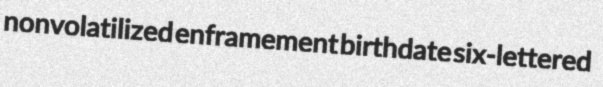
nonvolatilized enframement birthdate six-lettered